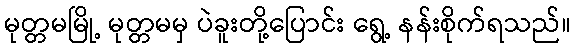
မုတ္တမမြို့ မုတ္တမမှ ပဲခူးတို့ပြောင်း ရွေ့ နန်းစိုက်ရသည်။